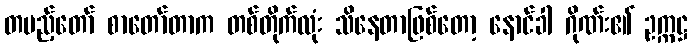
တပည့်တော် စာတော်တာက တစ်တိုက်လုံး သိနေတာဖြစ်တော့ နောင်ခါ ဂိုဏ်း၏ ဥက္ကဋ္ဌ